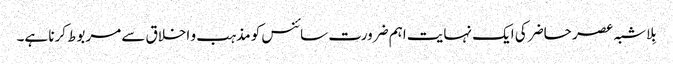
بِلاشبہ عصر حاضر کی ایک نہایت اہم ضرورت سائنس کو مذہب و اخلاق سے مربوط کرنا ہے۔